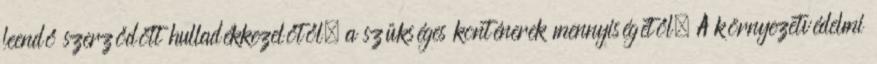
leendő szerződött hulladékkezelőtől, a szükséges konténerek mennyiségétől. A környezetvédelmi